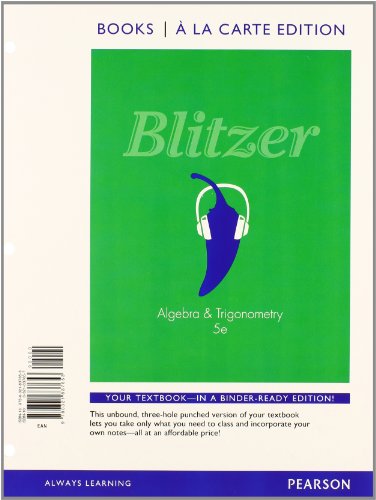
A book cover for Algebra and Trigonometry, Books a la Carte Edition plus MyMathLab with Pearson eText -- Access Card (5th Edition); Robert F. Blitzer; Science & Math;